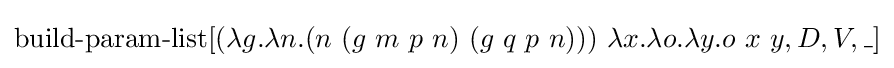
\operatorname {build-param-list} [(\lambda g.\lambda n.(n\ (g\ m\ p\ n)\ (g\ q\ p\ n)))\ \lambda x.\lambda o.\lambda y.o\ x\ y,D,V,\_]